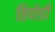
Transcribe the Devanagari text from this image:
तिपोडी